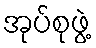
အုပ်စုဖွဲ့